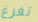
تفرغ